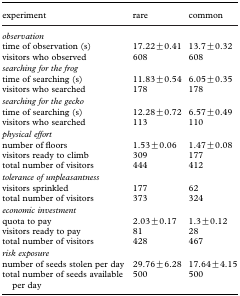
<table><thead><tr><td><b>experiment</b></td><td><b>rare</b></td><td><b>common</b></td></tr></thead><tbody><tr><td colspan="3"><i>observation</i></td></tr><tr><td>time of observation (s)</td><td>17.22±0.41</td><td>13.7±0.32</td></tr><tr><td>visitors who observed</td><td>608</td><td>608</td></tr><tr><td colspan="3"><i>searching for the frog</i></td></tr><tr><td>time of searching (s)</td><td>11.83±0.54</td><td>6.05±0.35</td></tr><tr><td>visitors who searched</td><td>178</td><td>178</td></tr><tr><td colspan="3"><i>searching for the gecko</i></td></tr><tr><td>time of searching (s)</td><td>12.28±0.72</td><td>6.57±0.49</td></tr><tr><td>visitors who searched</td><td>113</td><td>110</td></tr><tr><td colspan="3"><i>physical effort</i></td></tr><tr><td>number of floors</td><td>1.53±0.06</td><td>1.47±0.08</td></tr><tr><td>visitors ready to climb</td><td>309</td><td>177</td></tr><tr><td>total number of visitors</td><td>444</td><td>412</td></tr><tr><td colspan="3"><i>tolerance of unpleasantness</i></td></tr><tr><td>visitors sprinkled</td><td>177</td><td>62</td></tr><tr><td>total number of visitors</td><td>373</td><td>324</td></tr><tr><td colspan="3"><i>economic investment</i></td></tr><tr><td>quota to pay</td><td>2.03±0.17</td><td>1.3±0.12</td></tr><tr><td>visitors ready to pay</td><td>81</td><td>28</td></tr><tr><td>total number of visitors</td><td>428</td><td>467</td></tr><tr><td colspan="3"><i>risk exposure</i></td></tr><tr><td>number of seeds stolen per day</td><td>29.76±6.28</td><td>17.64±4.15</td></tr><tr><td>total number of seeds available per day</td><td>500</td><td>500</td></tr></tbody></table>